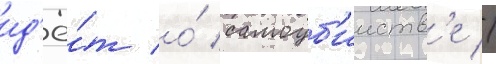
ид'ё́т о́ самоуб'ииств'е //